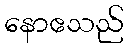
နောဧသည်